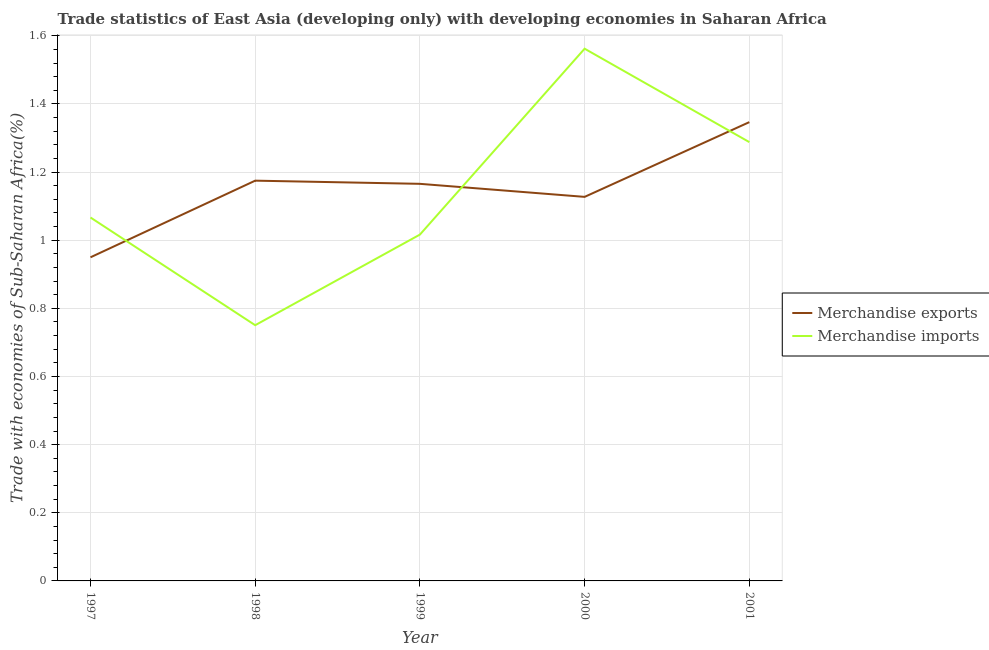
| Year | Merchandise exports | Merchandise imports |
 | --- | --- | --- |
 | 1997 | 0.95 | 1.07 |
 | 1998 | 1.17 | 0.751 |
 | 1999 | 1.17 | 1.02 |
 | 2000 | 1.13 | 1.56 |
 | 2001 | 1.35 | 1.29 |